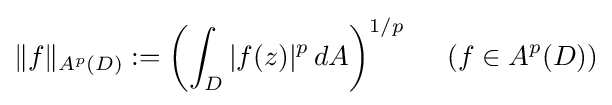
\|f\|_{A^{p}(D)}:=\left(\int _{D}|f(z)|^{p}\,dA\right)^{1/p}\;\;\;\;\;(f\in A^{p}(D))